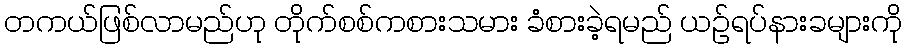
တကယ်ဖြစ်လာမည်ဟု တိုက်စစ်ကစားသမား ခံစားခဲ့ရမည် ယဉ်ရပ်နားခများကို